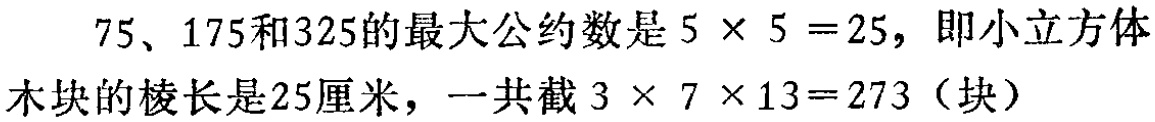
\(75、175和325的最大公约数是5\times 5 =25，即小立方体\\木块的棱长是25厘米，一共截3\times 7\times 13=273（块）\)